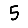
Digit: 5